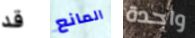
قد المانع واحدة